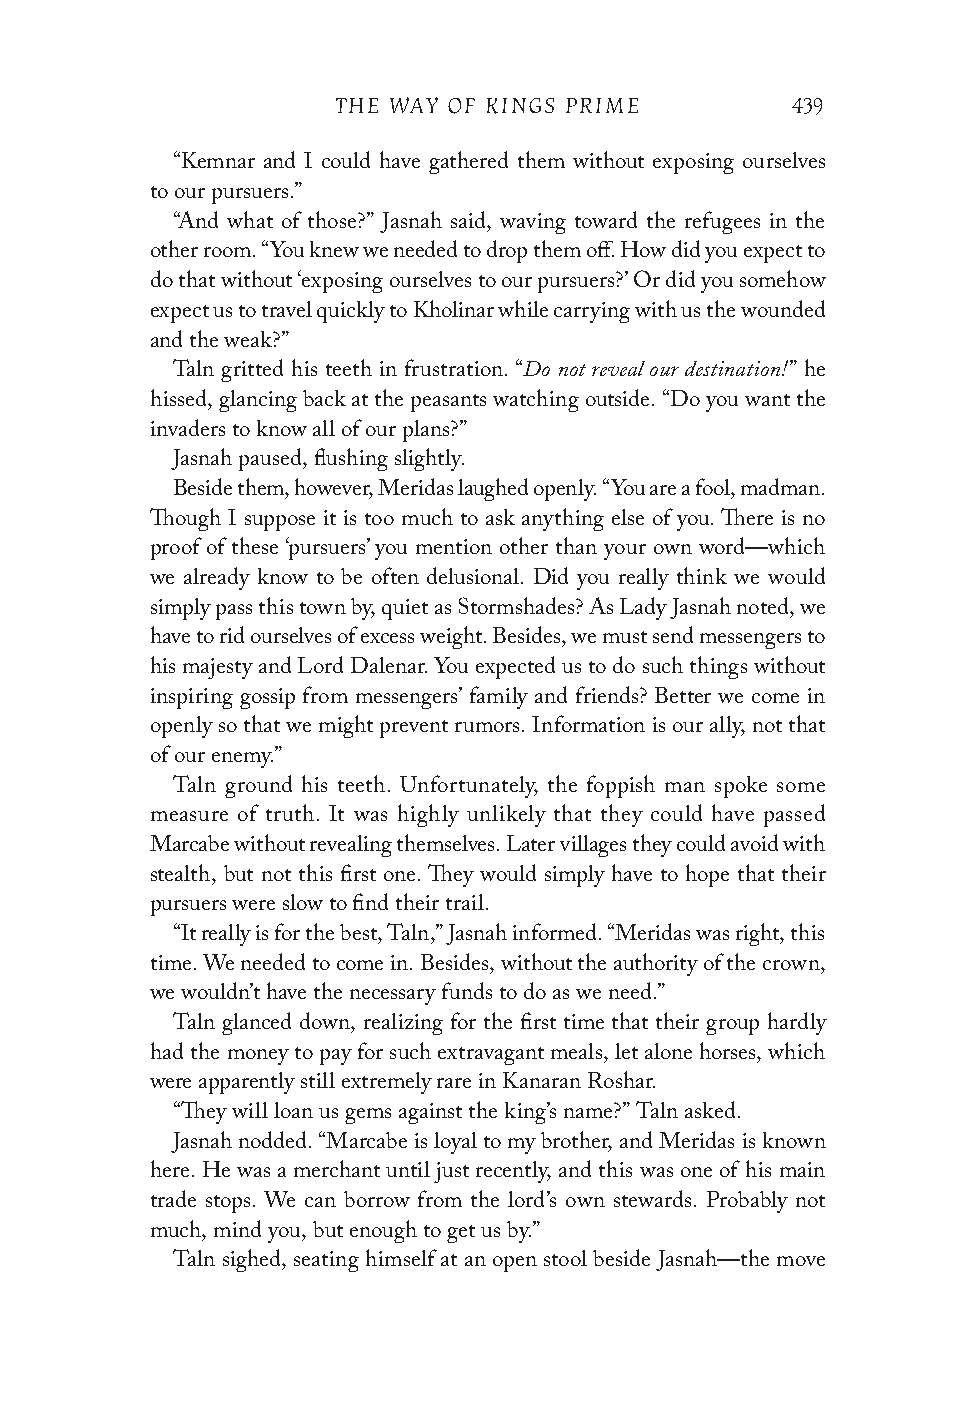
THE WAY OF KINGS PRIME        439
 “Kemnar and I could have gathered them without exposing ourselves
 to our pursuers.”
 “And what of those?” Jasnah said, waving toward the refugees in the
 other room. “You knew we needed to drop them off. How did you expect to
 do that without ‘exposing ourselves to our pursuers?’ Or did you somehow
 expect us to travel quickly to Kholinar while carrying with us the wounded
 and the weak?”
 Taln gritted his teeth in frustration. “Do not reveal our destination!” he
 hissed, glancing back at the peasants watching outside. “Do you want the
 invaders to know all of our plans?”
 Jasnah paused, flushing slightly.
 Beside them, however, Meridas laughed openly. “You are a fool, madman.
 Though I suppose it is too much to ask anything else of you. There is no
 proof of these ‘pursuers’ you mention other than your own word—which
 we already know to be often delusional. Did you really think we would
 simply pass this town by, quiet as Stormshades? As Lady Jasnah noted, we
 have to rid ourselves of excess weight. Besides, we must send messengers to
 his majesty and Lord Dalenar. You expected us to do such things without
 inspiring gossip from messengers’ family and friends? Better we come in
 openly so that we might prevent rumors. Information is our ally, not that
 of our enemy.”
 Taln ground his teeth. Unfortunately, the foppish man spoke some
 measure of truth. It was highly unlikely that they could have passed
 Marcabe without revealing themselves. Later villages they could avoid with
 stealth, but not this first one. They would simply have to hope that their
 pursuers were slow to find their trail.
 “It really is for the best, Taln,” Jasnah informed. “Meridas was right, this
 time. We needed to come in. Besides, without the authority of the crown,
 we wouldn’t have the necessary funds to do as we need.”
 Taln glanced down, realizing for the first time that their group hardly
 had the money to pay for such extravagant meals, let alone horses, which
 were apparently still extremely rare in Kanaran Roshar.
 “They will loan us gems against the king’s name?” Taln asked.
 Jasnah nodded. “Marcabe is loyal to my brother, and Meridas is known
 here. He was a merchant until just recently, and this was one of his main
 trade stops. We can borrow from the lord’s own stewards. Probably not
 much, mind you, but enough to get us by.”
 Taln sighed, seating himself at an open stool beside Jasnah—the move